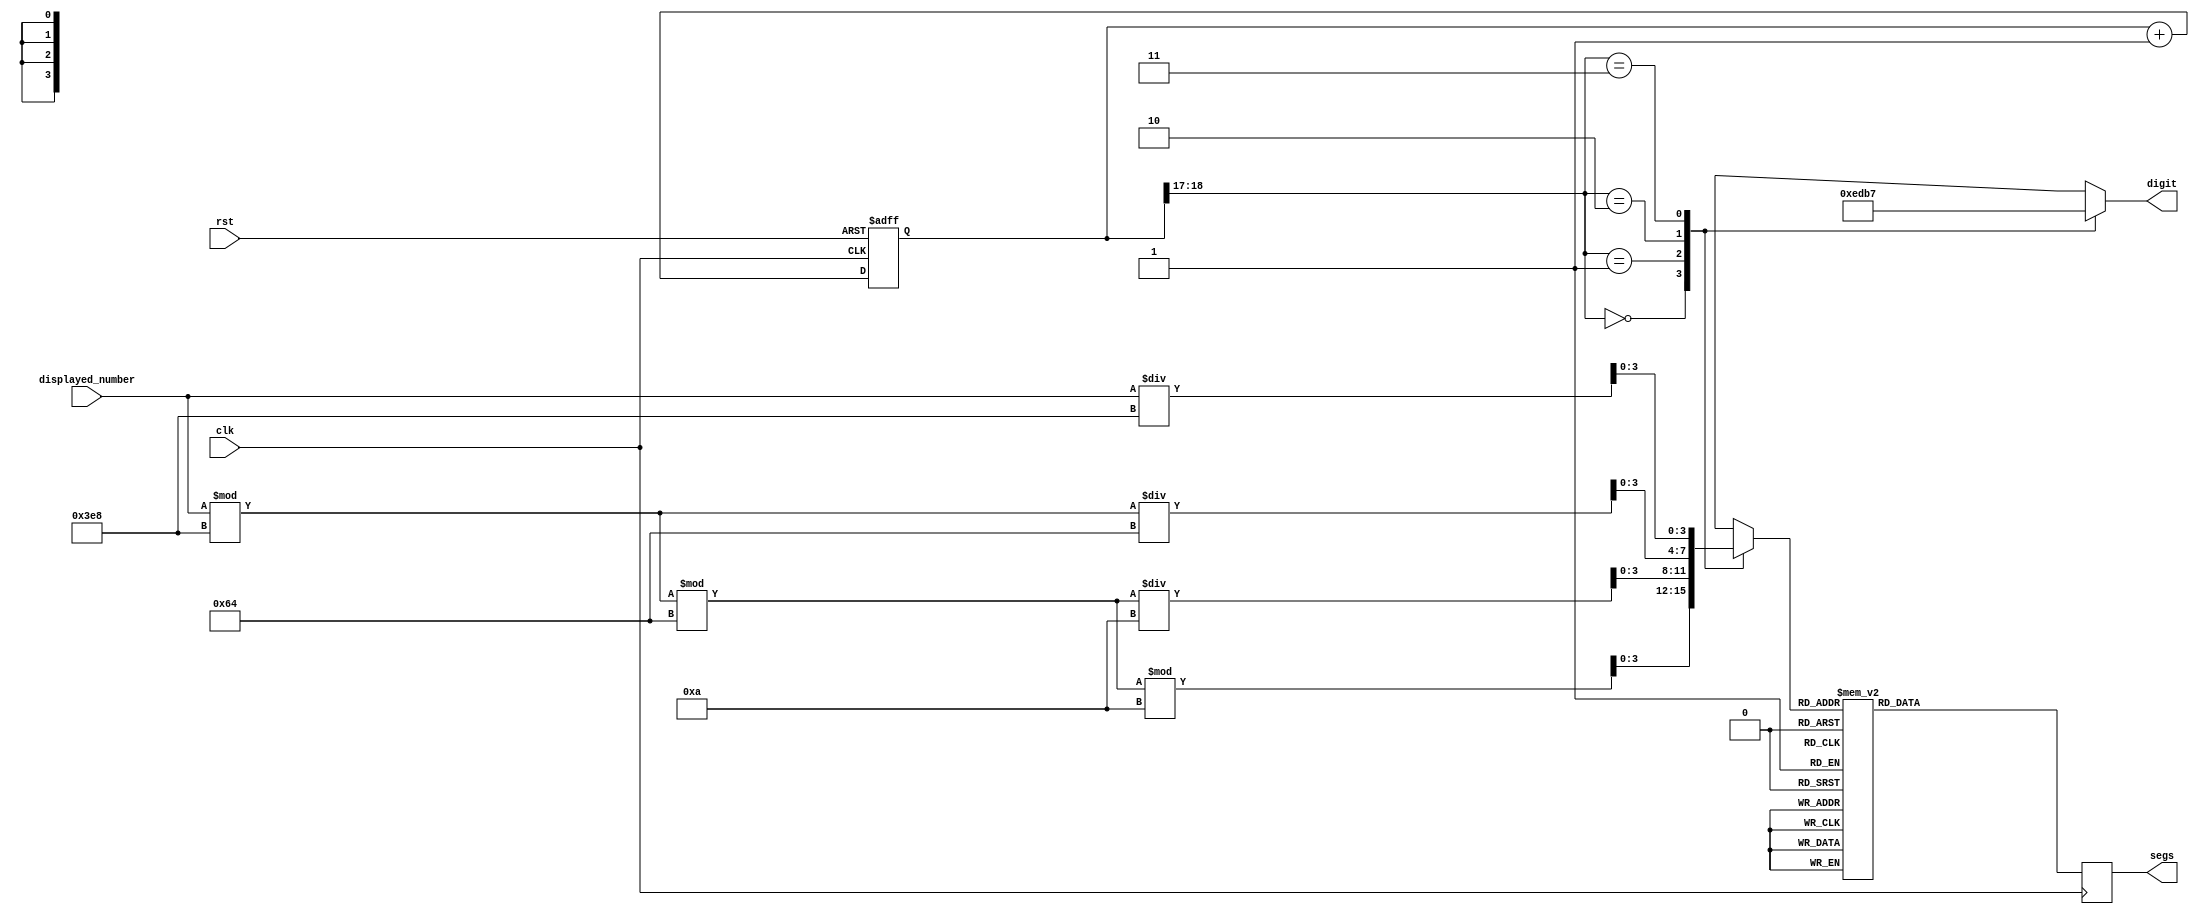
module decoder_4_7_seg (
    input clk, rst,
    input [13:0] displayed_number,
    output reg [3:0] digit,
    output reg [7:0] segs
);
    reg [3:0] bcd;
    reg [18:0] counter;
    reg [1:0] led_select;

    initial begin 
        counter <= 0;
    end

    always @(posedge clk, posedge rst) begin
        if (rst == 1'b1) begin
            counter <= 0;
        end else begin
            counter <= counter + 1;
        end
    end

    assign led_select = counter[18:17];
    
    always @(led_select) begin
        case(led_select)
            2'b00: begin
                digit = ~4'b0001;
                bcd = ((displayed_number % 1000) % 100) % 10;
            end
            2'b01: begin
                digit = ~4'b0010;
                bcd = ((displayed_number % 1000) % 100) / 10;
            end
            2'b10: begin
                digit = ~4'b0100;
                bcd = (displayed_number % 1000) / 100;
            end
            2'b11: begin
                digit = ~4'b1000;
                bcd = displayed_number / 1000;
            end
            default: begin
                digit = ~4'b0000;
            end
        endcase
    end


    always @(posedge clk) begin
        case (bcd)
            0: segs <= ~7'b0111111;
            1: segs <= ~7'b0000110;
            2: segs <= ~7'b1011011;
            3: segs <= ~7'b1001111;
            4: segs <= ~7'b1100110;
            5: segs <= ~7'b1101101;
            6: segs <= ~7'b1111101;
            7: segs <= ~7'b0000111;
            8: segs <= ~7'b1111111;
            9: segs <= ~7'b1101111;
            default: segs <= ~7'b0000000;
        endcase
    end

endmodule